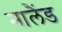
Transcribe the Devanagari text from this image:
नालैंड